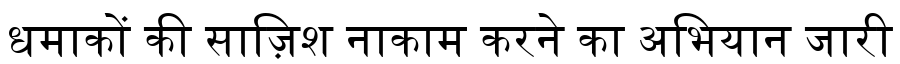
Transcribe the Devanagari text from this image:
धमाकों की साज़िश नाकाम करने का अभियान जारी